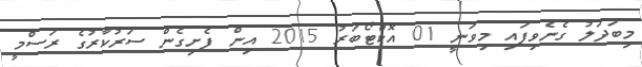
މިބަދަލު ގެނެވިފައި މިވަނީ 01 އޮކްޓޯބަރު 2015 އިން ފެށިގެން ސަރުކާރުގެ ރަސްމީ